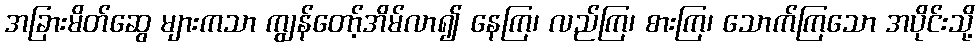
အခြားမိတ်ဆွေ များကသာ ကျွန်တော့်အိမ်လာ၍ နေကြ၊ လည်ကြ၊ စားကြ၊ သောက်ကြသော အပိုင်းသို့